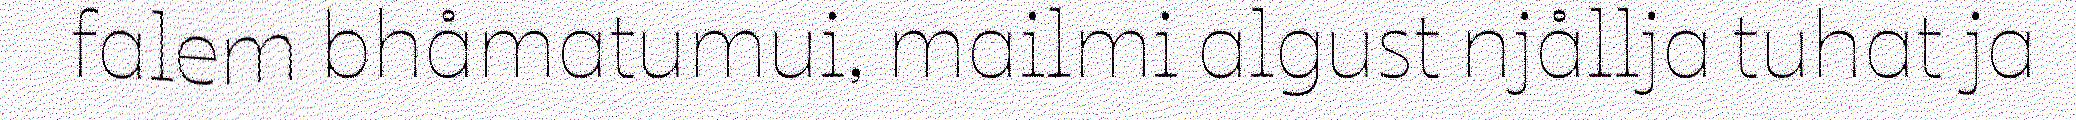
falem bhåmatumui, mailmi algust njållja tuhat ja